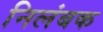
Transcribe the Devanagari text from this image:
निलंबक